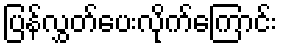
ပြန်လွှတ်ပေးလိုက်ကြောင်း